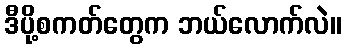
ဒီပို့စကတ်တွေက ဘယ်လောက်လဲ။